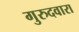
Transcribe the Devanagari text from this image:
गुरुदवारा